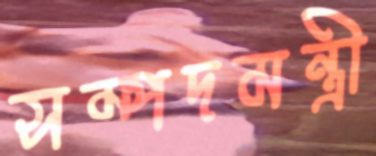
সম্পদমন্ত্রী